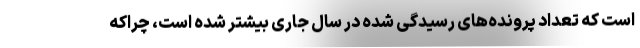
است که تعداد پرونده‌های رسیدگی شده در سال جاری بیشتر شده است، چراکه